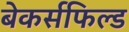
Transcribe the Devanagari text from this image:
बेकर्सफिल्ड